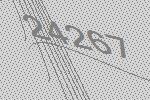
24267